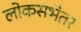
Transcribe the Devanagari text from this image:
लोकसभेतर